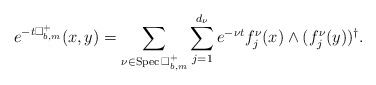
\begin{align*} e^{-t\Box^+_{b,m}}(x,y)=\sum_{\nu\in\mathrm{Spec\,}\Box^+_{b,m}}\sum^{d_{\nu}}_{j=1}e^{-\nu t}f^\nu_j(x)\wedge(f^\nu_j(y))^\dagger. \end{align*}